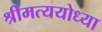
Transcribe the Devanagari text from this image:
श्रीमत्ययोध्या